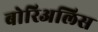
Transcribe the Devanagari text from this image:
बोरिअलिस